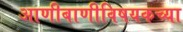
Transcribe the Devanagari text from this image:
आणीबाणीविषयकच्या